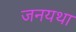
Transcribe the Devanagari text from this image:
जनयथा